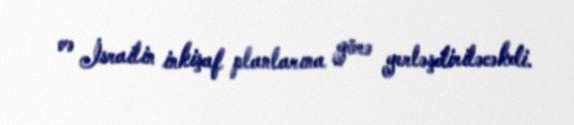
və İsrailin inkişaf planlarına görə yerləşdiriləcəkdi.